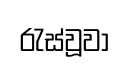
රැස්වූවා